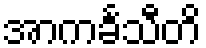
အာကင်္ခသီတိ